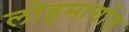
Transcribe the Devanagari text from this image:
लोहमार्गात